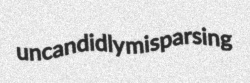
uncandidly misparsing